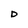
Character: D